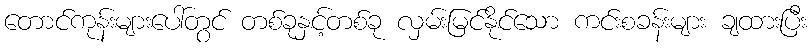
တောင်ကုန်းများပေါ်တွင် တစ်ခုနှင့်တစ်ခု လှမ်းမြင်နိုင်သော ကင်းစခန်းများ ချထားပြီး